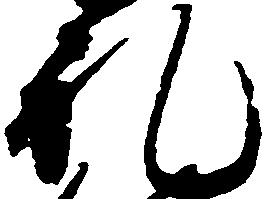
礼